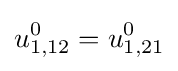
u_{1,12}^{0}=u_{1,21}^{0}